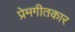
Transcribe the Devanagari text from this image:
प्रेमगीतकार